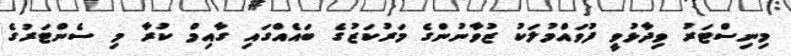
މިނިސްޓަރު ވިދާޅުވީ ފުވައްމުލަކު ޒުވާނުންގެ މަރުކަޒުގެ ބައެއްގައި ގާއިމް ކުރާ މި ސެންޓަރުގެ